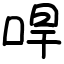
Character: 哻